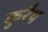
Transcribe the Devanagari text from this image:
कुरैथ